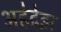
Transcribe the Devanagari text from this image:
अहेद्रेझ